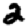
Digit: 2